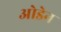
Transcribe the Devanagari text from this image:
ओडेन